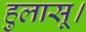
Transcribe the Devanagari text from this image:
हुलासू।